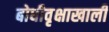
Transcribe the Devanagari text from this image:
बोधीवृक्षाखाली